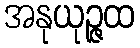
အနုယုဉ္ဇထ